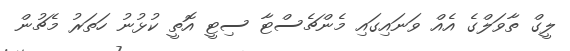
ލީގް ތާވަލްގެ އެއް ވަނައިގައި މެންޗެސްޓާ ސިޓީ އޮތީ ކުޅުނު ހަތަރު މެޗުން